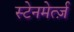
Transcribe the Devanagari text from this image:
स्टेनमेर्त्ज़